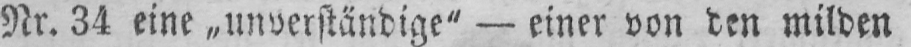
Nr. 34 eine „unverständige” - einer von den milden